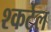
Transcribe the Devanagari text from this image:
श्कर्टेल